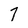
Character: 7